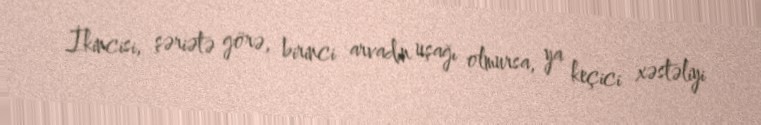
İkincisi, şəriətə görə, birinci arvadın uşağı olmursa, ya keçici xəstəliyi